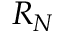
R _ { N }